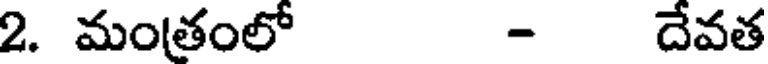
2. మంతంలో - దేవత